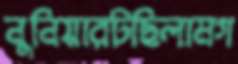
নুনিয়ারটছিলামগ